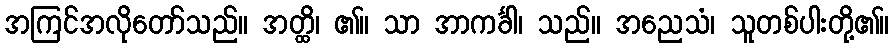
အကြင်အလိုတော်သည်။ အတ္ထိ၊ ၏။ သာ အာကင်္ခါ၊ သည်။ အညေသံ၊ သူတစ်ပါးတို့၏။